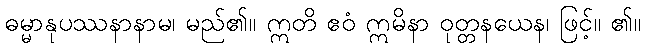
ဓမ္မာနုပဿနာနာမ၊ မည်၏။ ဣတိ ဧဝံ ဣမိနာ ဝုတ္တနယေန၊ ဖြင့်။ ၏။